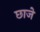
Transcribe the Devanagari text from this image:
छाजे